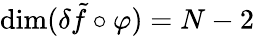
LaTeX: \mathrm{dim}(\delta\tilde{f}\circ\varphi)=N-2